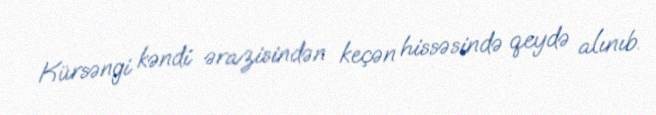
Kürsəngi kəndi ərazisindən keçən hissəsində qeydə alınıb.